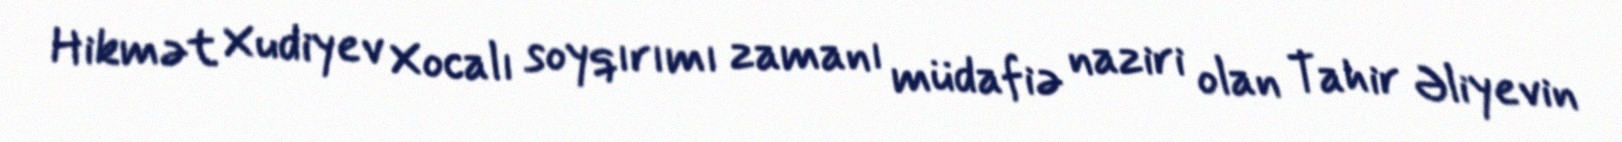
Hikmət Xudiyev Xocalı soyqırımı zamanı müdafiə naziri olan Tahir Əliyevin